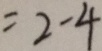
= 2 - 4